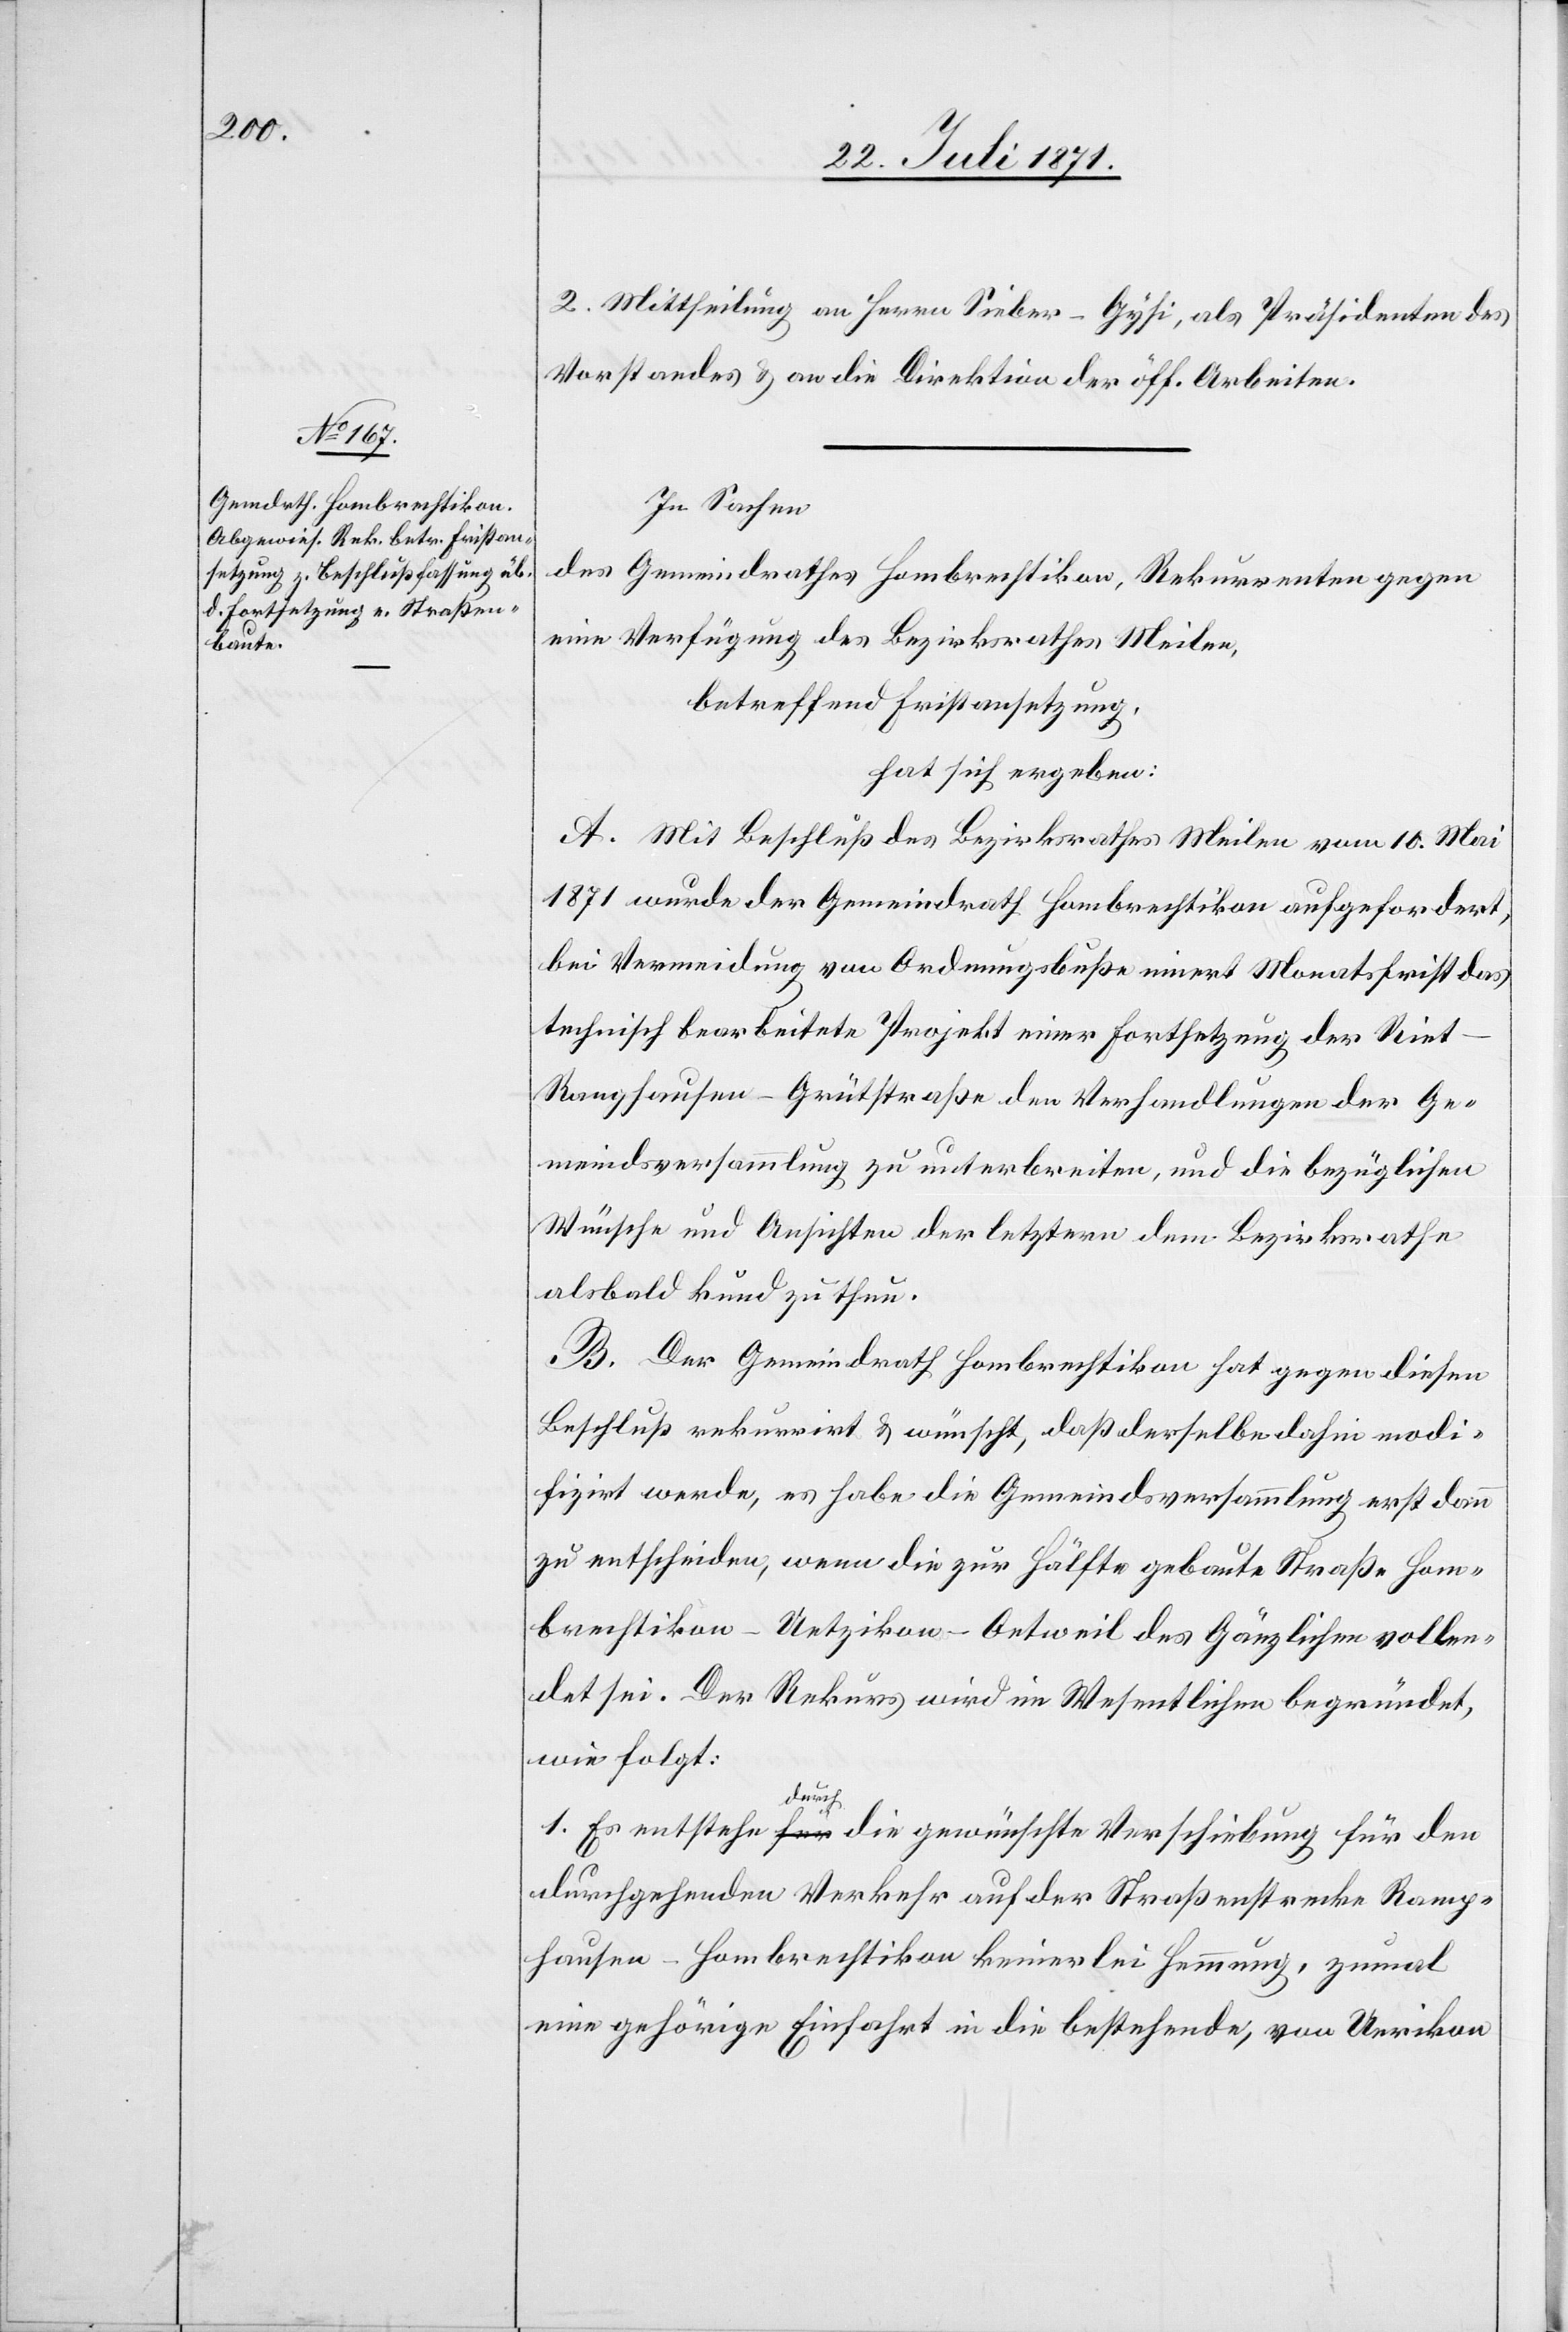
2. Mittheilung an Herren Sieber-Gysi, als Präsidenten des
Vorstandes u. an die Direktion der öff. Arbeiten.
In Sachen
des Gemeindrathes Hombrechtikon, Rekurrenten gegen
eine Verfügung des Bezirksrathes Meilen,
betreffend Fristansetzung,
hat sich ergeben:
A. Mit Beschluß des Bezirksrathes Meilen vom 10. Mai
1871 wurde der Gemeindrath Hombrechtikon aufgefordert,
bei Vermeidung von Ordnungsbuße innert Monatsfrist das
technisch bearbeitete Projekt einer Fortsetzung der Riet-R¬
anghausen-Grütstraße den Verhandlungen der Ge¬
meindsversammlung zu unterbreiten, und die bezüglichen
Wünsche und Ansichten der letztern dem Bezirksrathe
alsbald kund zu thun.
B. Der Gemeindrath Hombrechtikon hat gegen diesen
Beschluß rekurrirt u. wünscht, daß derselbe dahin modi¬
fizirt werde, es habe die Gemeindsversammlung erst dann
zu entscheiden, wenn die zur Hälfte gebaute Straße Hom¬
brechtikon-Uetzikon-Oetweil des Gänzlichen vollen¬
det sei. Der Rekurs wird im Wesentlichen begründet,
wie folgt:
1. Es entstehe durch die gewünschte Verschiebung für den
durchgehenden Verkehr auf der Straßenstrecke Rang¬
hausen-Hombrechtikon keinerlei Hemmung, zumal
eine gehörige Einfahrt in die bestehende, von Uerikon